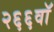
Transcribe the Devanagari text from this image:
२६६वॉ